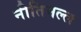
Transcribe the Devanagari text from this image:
नीतिमल्ल